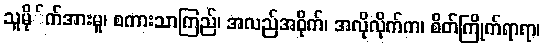
သူမို်က်အားမူ၊ စကားသာကြည်၊ အလည်အဝိုက်၊ အလိုလိုက်က၊ စိတ်ကြိုက်ရာရာ၊